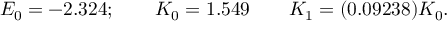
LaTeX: E _ { 0 } = - 2 . 3 2 4 ; \qquad K _ { 0 } = 1 . 5 4 9 \qquad K _ { 1 } = ( 0 . 0 9 2 3 8 ) K _ { 0 } .